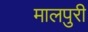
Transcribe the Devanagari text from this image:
मालपुरी